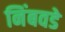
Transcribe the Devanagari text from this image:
निंबवडे